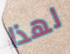
لهذا